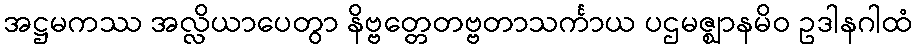
အဋ္ဌမကဿ အလ္လိယာပေတွာ နိဗ္ဗတ္တေတဗ္ဗတာသင်္ကာယ ပဌမဇ္ဈာနမိဝ ဥဒါနဂါထံ